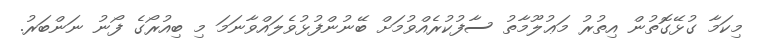
މިކަމާ ގުޅޭގޮތުން އިތުރު މަޢުލޫމާތު ސާފުކުރެއްވުމަށް ބޭނުންފުޅުވެލައްވާނަމަ މި ބިއުރޯގެ ފޯނު ނަންބަރު.